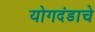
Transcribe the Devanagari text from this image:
योगदंडाचे